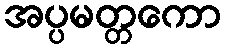
အပ္ပမတ္တကော